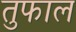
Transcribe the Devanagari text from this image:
तुफाल